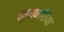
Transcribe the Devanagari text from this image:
नुमानशिया